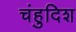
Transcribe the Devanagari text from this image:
चंहुदिश